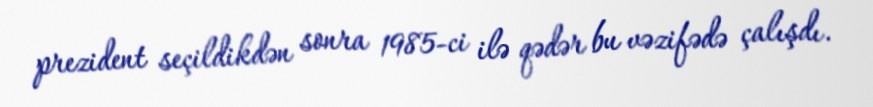
prezident seçildikdən sonra 1985-ci ilə qədər bu vəzifədə çalışdı.